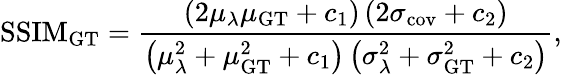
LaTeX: \mathrm{SSIM}_{\mathrm{GT}}=\frac{\left(2\mu_{\lambda}\mu_{\mathrm{GT}}+c_{1}\right)\left(2\sigma_{\mathrm{cov}}+c_{2}\right)}{\left(\mu_{\lambda}^{2}+\mu_{\mathrm{GT}}^{2}+c_{1}\right)\left(\sigma_{\lambda}^{2}+\sigma_{\mathrm{GT}}^{2}+c_{2}\right)},